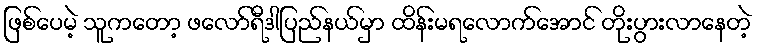
ဖြစ်ပေမဲ့ သူကတော့ ဖလော်ရီဒါပြည်နယ်မှာ ထိန်းမရလောက်အောင် တိုးပွားလာနေတဲ့